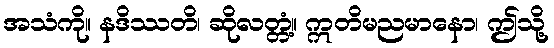
အသံကို။ နဒိဿတိ၊ ဆိုလတ္တံ့။ ဣတိမညမာနော၊ ဤသို့